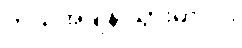
ဘယ်အချိန် သွားမှာလဲ။